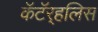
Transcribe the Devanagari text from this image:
कॅटॅर्‍हलिस